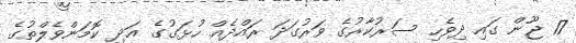
17 ޖޫން ގައި ދިވެހި ސަރުކާރުގެ ވަރުގަދަ ރައްދެއް ހުޅަގުގެ އަދި ކޮމަންވެލްތުގެ